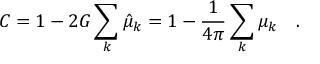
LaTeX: C = 1 - 2 G \sum _ { k } \hat { \mu } _ { k } = 1 - { \frac { 1 } { 4 \pi } } \sum _ { k } \mu _ { k } ~ ~ ~ .